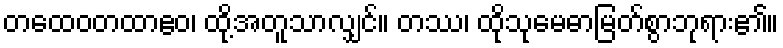
တထေဝတထာဧဝ၊ ထို့အတူသာလျှင်။ တဿ၊ ထိုသုမေဓာမြတ်စွာဘုရား၏။